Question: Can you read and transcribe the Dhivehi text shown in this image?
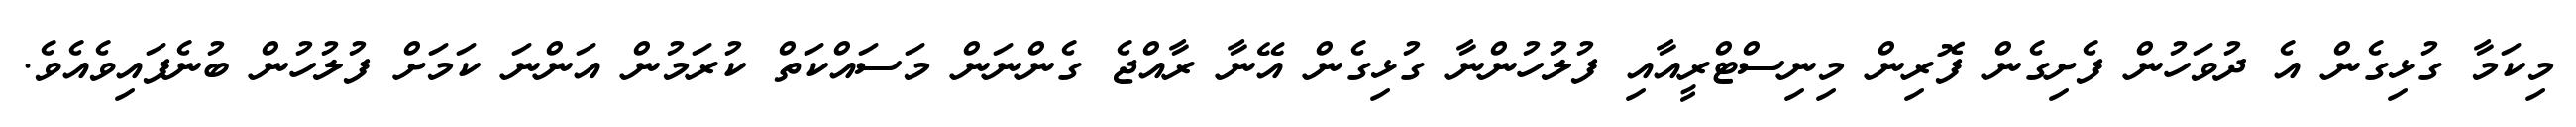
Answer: މިކަމާ ގުޅިގެން އެ ދުވަހުން ފެށިގެން ފޮރިން މިނިސްޓްރީއާއި ފުލުހުންނާ ގުޅިގެން އޭނާ ރާއްޖެ ގެންނަން މަސައްކަތް ކުރަމުން އަންނަ ކަމަށް ފުލުހުން ބުނެފައިވެއެވެ.